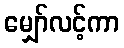
မျှော်လင့်ကာ